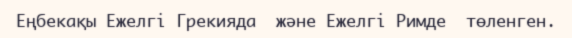
Еңбекақы Ежелгі Грекияда  және Ежелгі Римде  төленген.